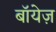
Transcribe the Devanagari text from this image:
बॉयेज़